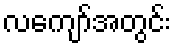
လကျော်အတွင်း